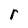
Character: r